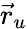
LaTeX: {\vec{r}}_{u}